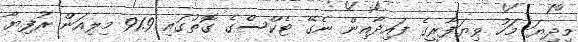
މިދިޔަ މަހު ވިޔަފާރީގެ ފައިދާއިން ނެގޭ ޓެކްސްގެ ގޮތުގައި 91.9 މިލިއަން ރުފިޔާ